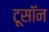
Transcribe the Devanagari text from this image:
टूसॉन